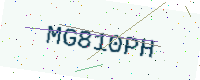
Text: MG810PH